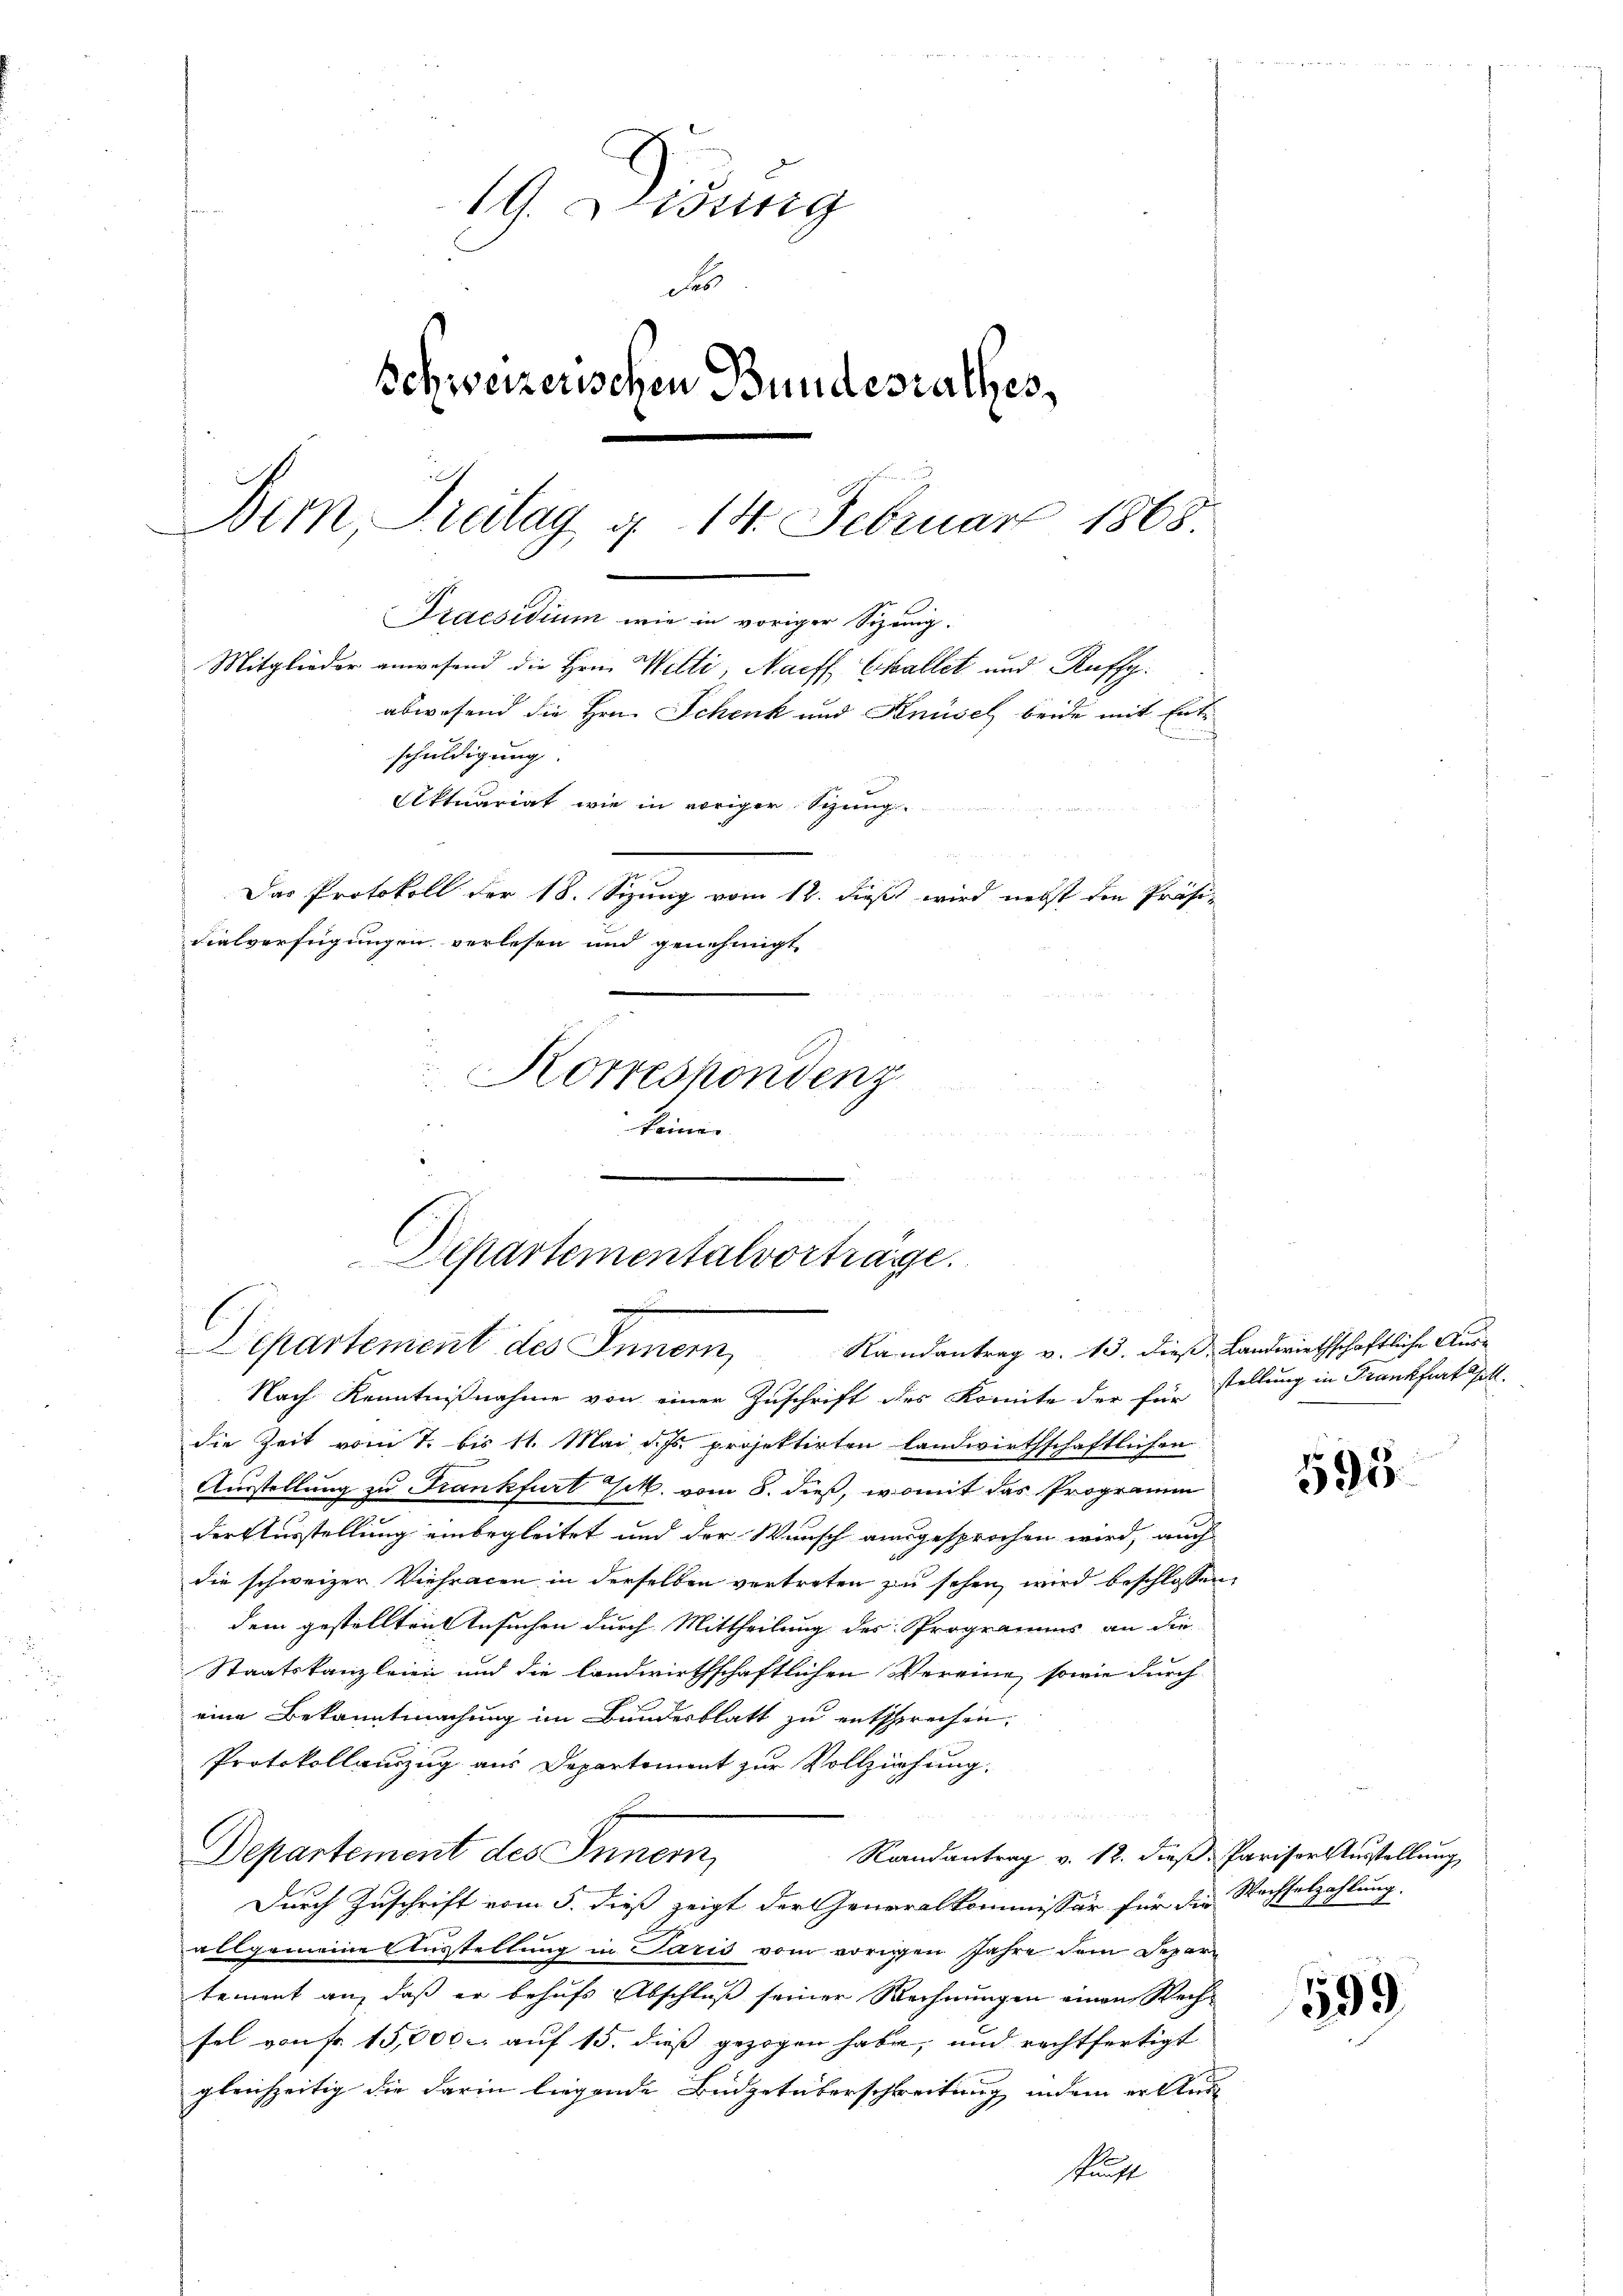
19. Lessing
Fes
Schweizerischen Bundesrathes,
Bern Freitag d. 14. Februar 1868
Praesidium wie in voriger Sizung.

Mitglieder anwesend die Hrn. Welti, Naeff Ekallit und Ruffg
abwesend die Hrn. Schenk und Knüsel beide mit Entn
schuldigung.
Aktuariat wie in voriger Sitzung
Das Protokoll der 18. Sizung vom 12. dieß wird nebst den Präsi¬

vialverfügungen verlesen und genehmigt
Korrespondenz
.

Departementalvorträge.
Departement des Innern,
Randantrag v. 13. dieß, Landwirthschaftliche Aus-

Nach Kenntnißnahme von einer Zuschrift des Komite der für
die Zeit vom 7. bis 11. Mai d. Js. projektirten landwirthschaftlichen
Ausstellung zu Krankfurt er vom 8. dieß, womit das Programm
der Ausstellung einbegleitet und der Wunsch ausgesprochen wird, auch
die schweizer Viehracen in derselben vertreten zu sehen, wird beschlossen,
dem gestellten Gesuchen durch Mittheilung des Programms an die
Staatskanzleien und die landwirthschaftlichen Vereine, sowie durch
eine Bekanntmachung im Bundesblatt zu entsprechen.
Protokollauszug aus Departement zur Vollziehung.

Departement des Innern,
Randantrag v. 12. dieß, Parisor Ausstellung
Durch Zuschrift vom 5. dieß zeigt der Generalkommissär für die Wechselzahlung.
allgemeine Ausstellung in Paris vom vorigen Jahre dem Departement an, daß er behufs Abschluß seiner Rechnungen einen Rechsel von Fr. 15,000. auf 15. dieß gezogen habe, und rechtfertigt
gleichzeitig die darin liegende Büdgetüberschreitung indem er stud
Kunst

stellung in Frankfurt soll.

595.

599